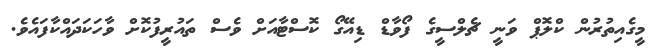
މީގެއިތުރުން ކްލޮޕް ވަނީ ޗެލްސީގެ ފޯވާޑް ޑިއޭގޯ ކޮސްޓާއަށް ވެސް ތައުރީފުކޮށް ވާހަކަދައްކާފައެވެ.